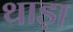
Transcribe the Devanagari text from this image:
थाड़ा